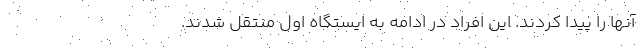
آنها را پیدا کردند. این افراد در ادامه به ایستگاه اول منتقل شدند.